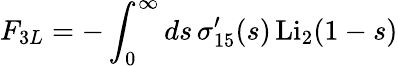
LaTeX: F_{3L}=-\int_{0}^{\infty}ds\, \sigma_{15}^{\prime}(s)\, \mathrm{Li}_{2}(1-s)